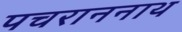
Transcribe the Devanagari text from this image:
पचराननाथ